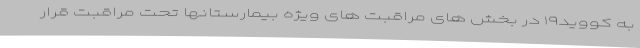
به کووید۱۹ در بخش های مراقبت های ویژه بیمارستانها تحت مراقبت قرار